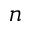
n